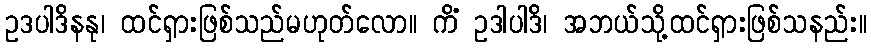
ဥဒပါဒိနနု၊ ထင်ရှားဖြစ်သည်မဟုတ်လော။ ကိံ ဥဒါပါဒိ၊ အဘယ်သို့ထင်ရှားဖြစ်သနည်း။